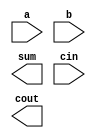
module full_adder(a, b, sum, cin, cout);

input a;
input b;
input cin;
output sum;
output cout;
/*
TODO:
use gate level primitives to construct a full adder
Useful gate primitives: or, and , xor
*/

endmodule